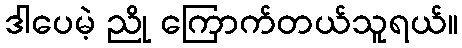
ဒါပေမဲ့ ညို ကြောက်တယ်သူရယ်။